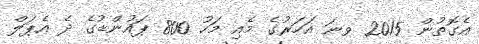
އެގޮތުން 2015 ވނަ އަހަރުގެ މެއި މަހު 800 ޕައުންޑުގެ ދެ އެޕަލް